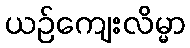
ယဉ်ကျေးလိမ္မာ